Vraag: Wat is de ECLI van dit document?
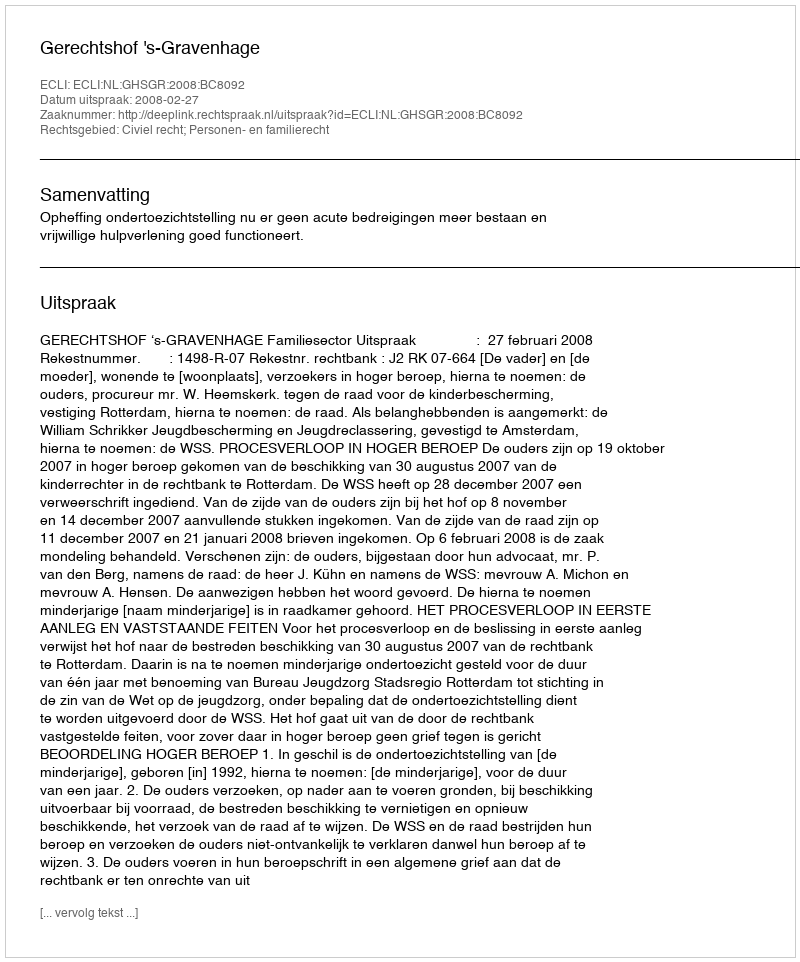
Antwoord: ECLI:NL:GHSGR:2008:BC8092